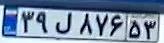
۳۹ل۸۷۶۵۳